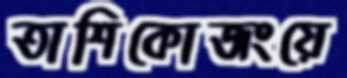
তাশিকোজংয়ে